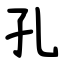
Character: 孔